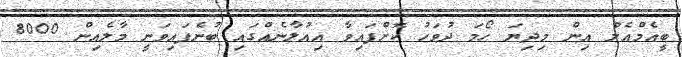
ބީއެމްއެލް އިން މިދިޔަ ހޯމަ ދުވަހު ކޮށްފައިވާ އިއުލާނެއްގައި ބުނެފައިވަނީ މާލެއިން 8000